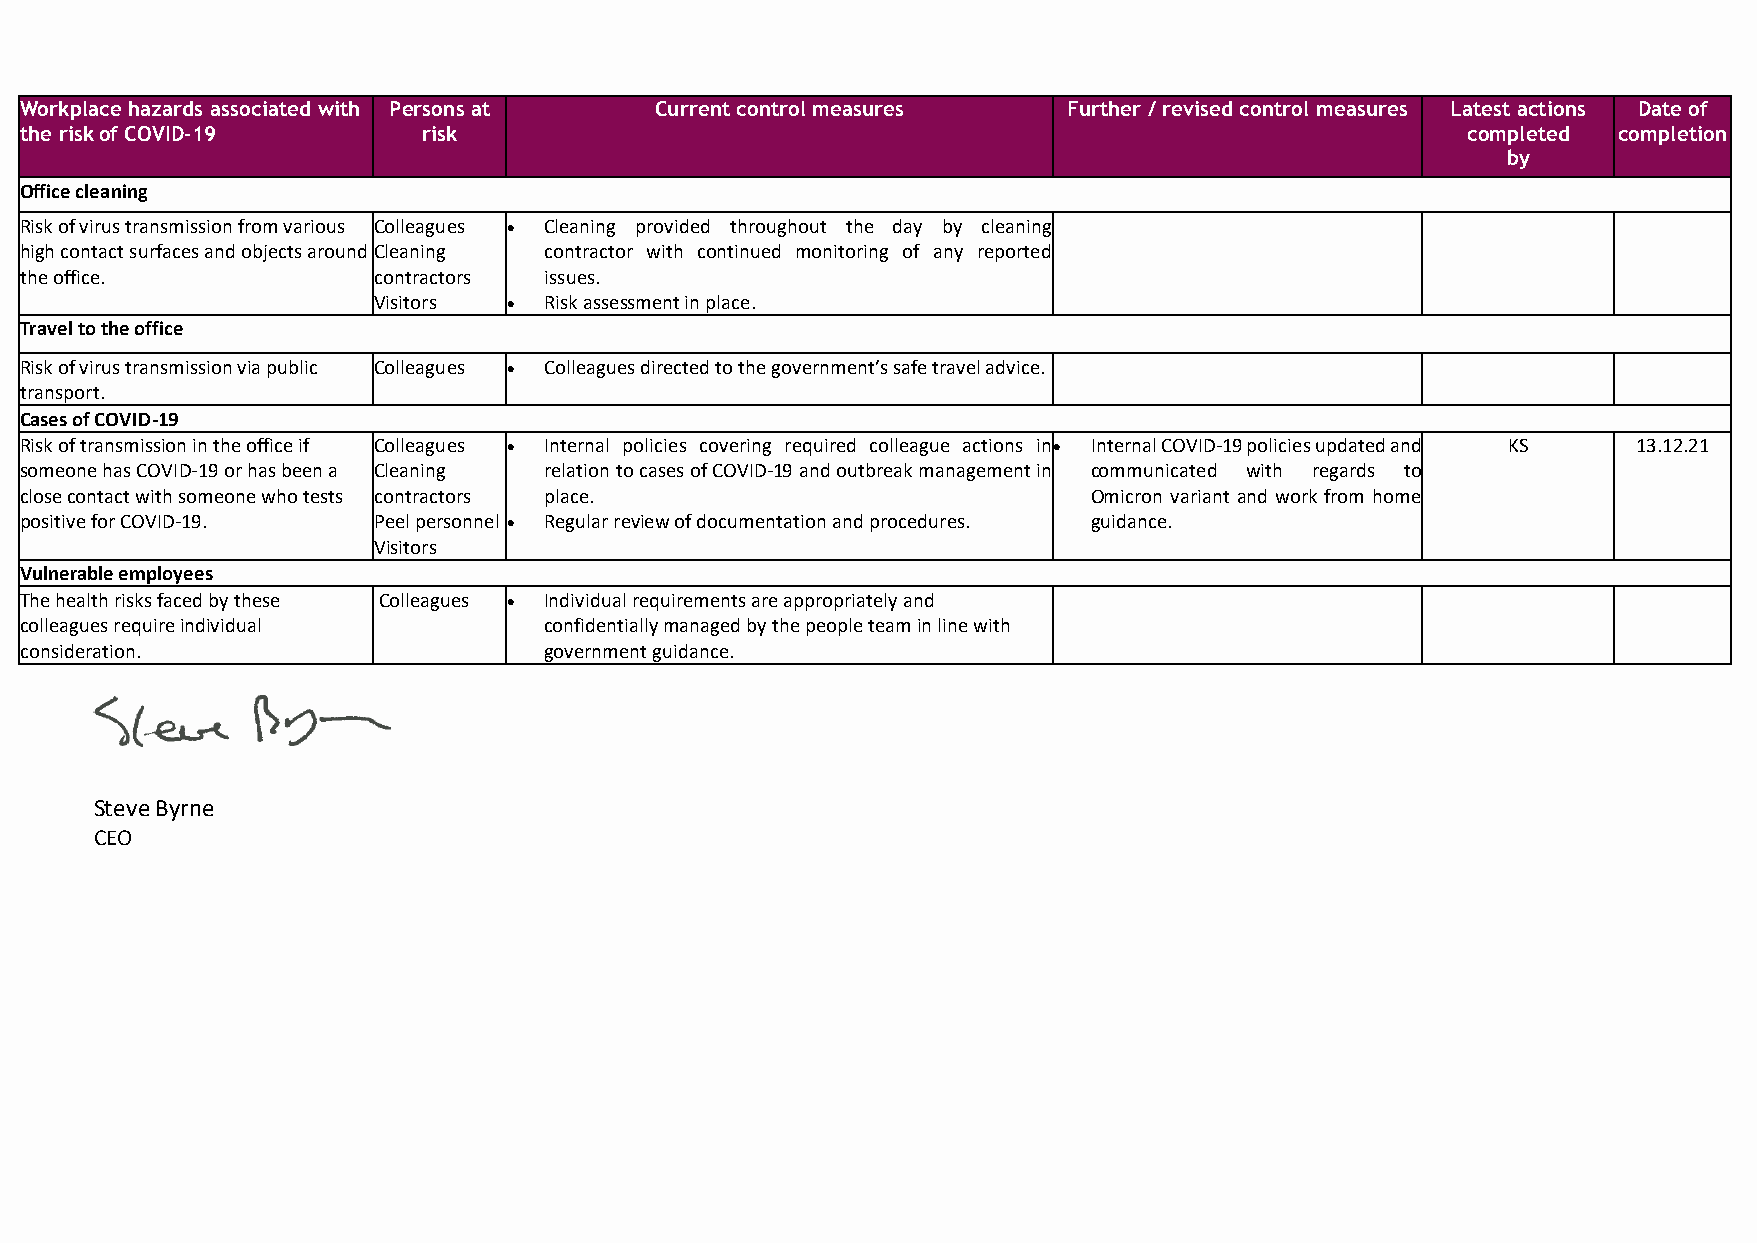
Workplace hazards associated with Persons at Current control measures Further / revised control measures Latest actions Date of
 the risk of COVID-19       risk                                                                 completed completion
 by
 Office cleaning
 Risk of virus transmission from various Colleagues • Cleaning provided throughout the day by cleaning
 high contact surfaces and objects around Cleaning contractor with continued monitoring of any reported
 the office.             contractors issues.
 Visitors • Risk assessment in place.
 Travel to the office
 Risk of virus transmission via public Colleagues • Colleagues directed to the government’s safe travel advice.
 transport.
 Cases of COVID-19
 Risk of transmission in the office if Colleagues • Internal policies covering required colleague actions in• Internal COVID-19 policies updated and KS 13.12.21
 someone has COVID-19 or has been a Cleaning relation to cases of COVID-19 and outbreak management in communicated with regards to
 close contact with someone who tests contractors place.                Omicron variant and work from home
 positive for COVID-19.  Peel personnel • Regular review of documentation and procedures. guidance.
 Visitors
 Vulnerable employees
 The health risks faced by these Colleagues • Individual requirements are appropriately and
 colleagues require individual      confidentially managed by the people team in line with
 consideration.                     government guidance.
 Steve Byrne
 CEO